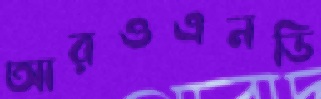
আরওএনডি